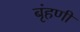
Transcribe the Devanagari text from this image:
बृंहणी